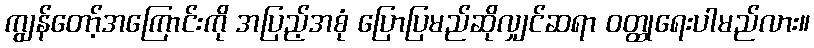
ကျွန်တော့်အကြောင်းကို အပြည့်အစုံ ပြောပြမည်ဆိုလျှင်ဆရာ ဝတ္ထုရေးပါမည်လား။